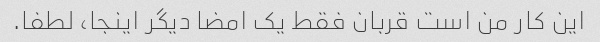
این کار من است قربان فقط یک امضا دیگر اینجا، لطفا.